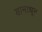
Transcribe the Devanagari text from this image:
यामाधून